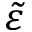
\Tilde { \varepsilon }